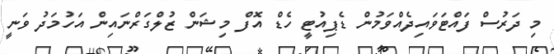
މި ދަރުސް ފައްޓަވައިދެއްވަމުން ޑެޕިއުޓީ ހެޑް އޮފް މިޝަން ޒުލްގަަރްްނައިން އަހުމަދު ވަނީ